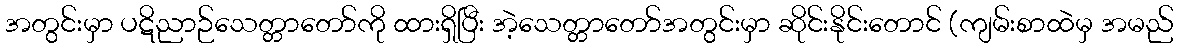
အတွင်းမှာ ပဋိညာဉ်သေတ္တာတော်ကို ထားရှိပြီး အဲ့သေတ္တာတော်အတွင်းမှာ ဆိုင်းနိုင်းတောင် (ကျမ်းစာထဲမှ အမည်